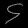
Digit: ၄